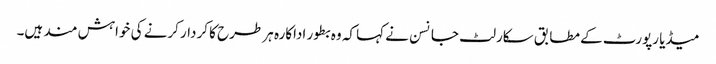
میڈیا رپورٹ کے مطابق سکارلٹ جانسن نے کہا کہ وہ بطور اداکارہ ہر طرح کا کردار کرنے کی خواہش مند ہیں۔